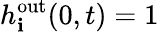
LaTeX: h_{\mathbf{i}}^{\mathrm{{out}}}(0,t)=1